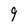
Character: 9